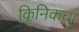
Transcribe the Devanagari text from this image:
क्लिनिकचा